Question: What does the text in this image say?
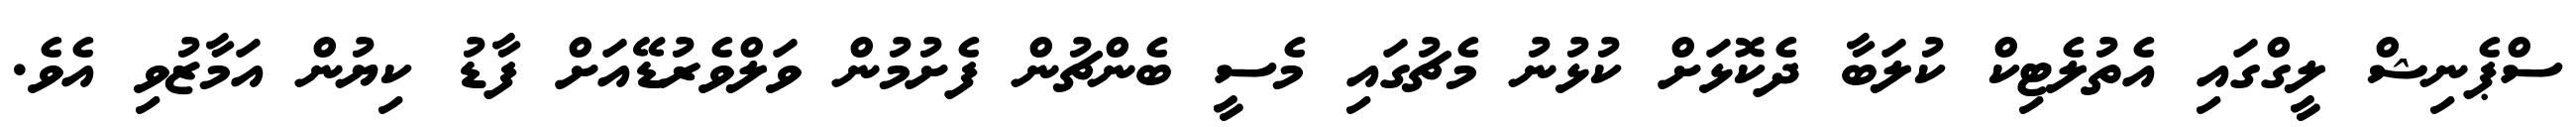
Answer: ސްޕެނިޝް ލީގްގައި އެތުލެޓިކް ކުލަބާ ދެކޮޅަށް ކުޅުނު މެޗުގައި މެސީ ބެންޗުން ފެށުމުން ވަލްވެރުޑޭއަށް ފާޑު ކިޔުން އަމާޒުވި އެވެ.